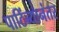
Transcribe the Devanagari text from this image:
पाठिंब्यानंतर